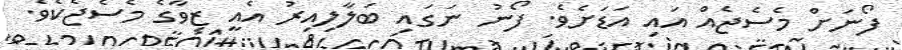
ފޯނަށް މެސެޖެއް އައި އަޑަށެވެ. ފޯނު ނަގައި ބަލާލިއިރު އެއީ ޒިވާގެ މެސެޖެކެވެ.